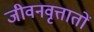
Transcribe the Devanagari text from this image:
जीवनवृत्तातों